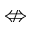
\nLeftrightarrow